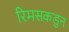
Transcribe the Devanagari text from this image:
रिमसकडुन